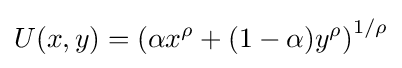
U(x,y)=\left(\alpha x^{\rho }+(1-\alpha )y^{\rho }\right)^{1/\rho }